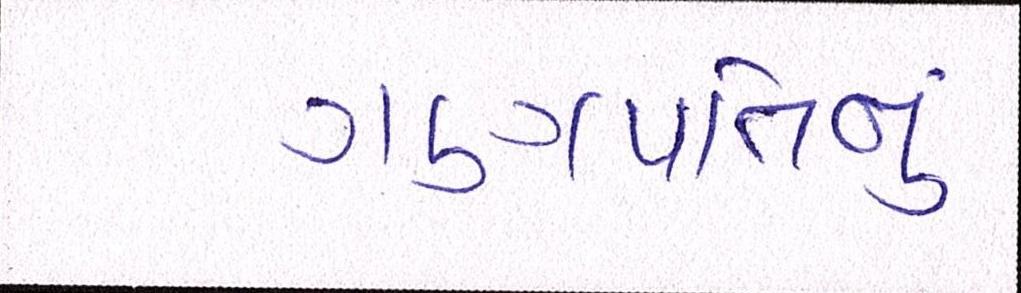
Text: ગણપતિનું